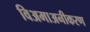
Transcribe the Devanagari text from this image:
विअमाअनीकरण